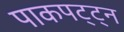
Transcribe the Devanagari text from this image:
पाकपट्ट्न